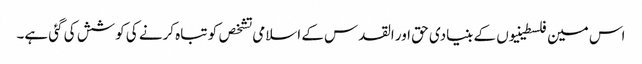
اس مین فلسطینیوں کے بنیادی حق اور القدس کے اسلامی تشخص کو تباہ کرنے کی کوشش کی گئی ہے۔